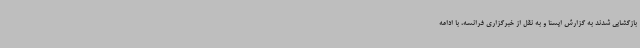
‌بازگشایی شدند به گزارش ایسنا و به نقل از خبرگزاری فرانسه،‌ با ادامه